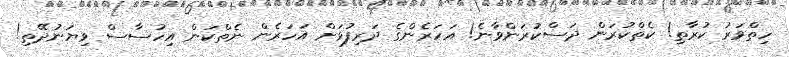
ހިތްވަރު ކުރާތި! ކެތްކުރަން ދަސްކުރަންވާނެ! އަހަރެންގެ ދަރިފުޅަށް އަހަރެން ނެތްކަން އިހުސާސް ވިޔަނުދޭތި!